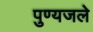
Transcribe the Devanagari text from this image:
पुण्यजले